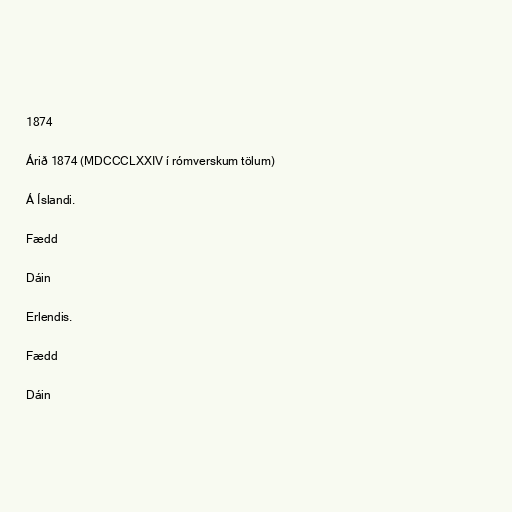
1874

Árið 1874 (MDCCCLXXIV í rómverskum tölum)

Á Íslandi.

Fædd

Dáin

Erlendis.

Fædd

Dáin